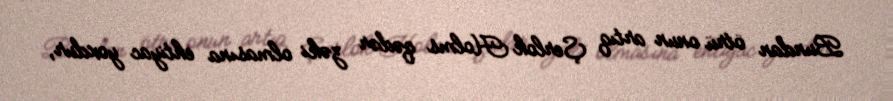
Bundan ötrü onun artıq Şerlok Holms qədər zəki olmasına ehtiyac yoxdur,